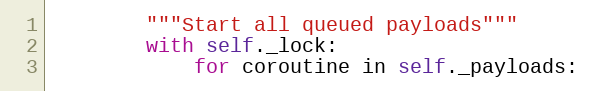
Language: Python
        """Start all queued payloads"""
        with self._lock:
            for coroutine in self._payloads: